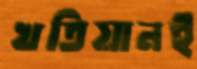
খতিয়ানই